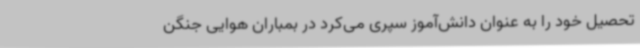
تحصیل خود را به عنوان دانش‌آموز سپری می‌کرد در بمباران هوایی جنگن